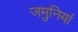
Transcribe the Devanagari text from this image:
जमुनियां